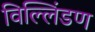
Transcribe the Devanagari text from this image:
विल्लिंडण